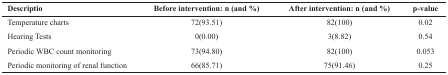
| Descriptio | Before intervention: n (and %) | After intervention: n (and %) | p-value |
 | --- | --- | --- | --- |
 | Temperature chartsHearing TestsPeriodic WBC count monitoringPeriodic monitoring of renal function | 72(93.51)0(0.00)73(94.80)66(85.71) | 82(100)3(8.82)82(100)75(91.46) | 0.020.540.0530.25 |